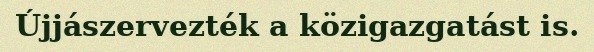
Újjászervezték a közigazgatást is.